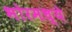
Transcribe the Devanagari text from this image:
भोरमध्ये